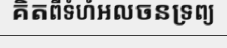
គិតពីទំហំអលចនទ្រព្យ